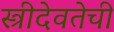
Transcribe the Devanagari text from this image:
स्त्रीदेवतेची